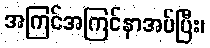
အကြင်အကြင်နာအပ်ပြီး၊